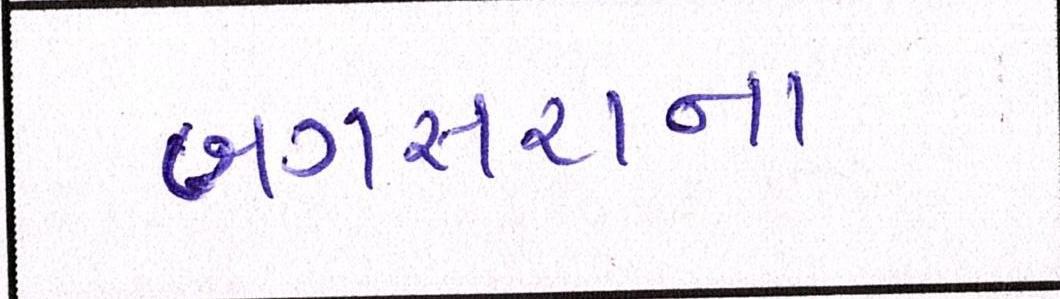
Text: બગસરાના